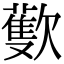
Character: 𣤨